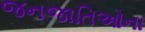
જનજાતિઓના